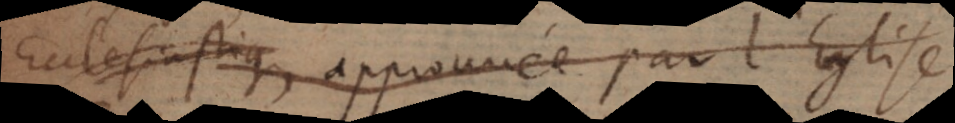
Ecclesiastique, approuvée par l’Eglise.